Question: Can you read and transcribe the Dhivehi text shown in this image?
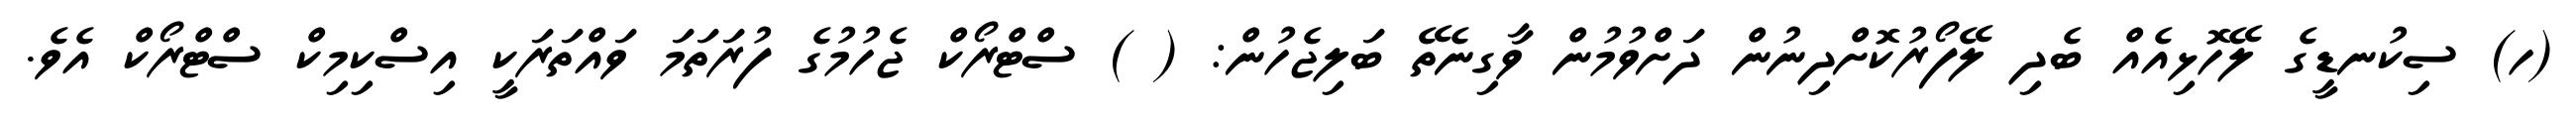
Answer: (ހ) ސިކުނޑީގެ ލޭހޮޅިއެއް ބެދި ލޭފޯރުކޮށްދިނުން ދަށްވުމުން ވާގިނެތޭ ބަލިޖެހުން: ( ) ސްޓްރޯކް ޖެހުމުގެ ފުރަތަމަ ވައްތަރަކީ އިސްކިމިކް ސްޓްރޯކް އެވެ.